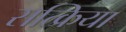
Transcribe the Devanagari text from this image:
सत्क्रिया